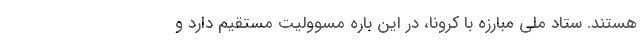
هستند. ستاد ملی مبارزه با کرونا، در این باره مسوولیت مستقیم دارد و